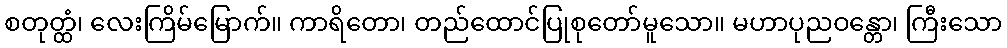
စတုတ္ထံ၊ လေးကြိမ်မြောက်။ ကာရိတော၊ တည်ထောင်ပြုစုတော်မူသော။ မဟာပုညဝန္တော၊ ကြီးသော